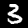
Digit: 3